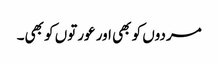
مردوں کو بھی اور عورتوں کو بھی۔